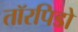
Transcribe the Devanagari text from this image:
तॉरपिडो